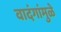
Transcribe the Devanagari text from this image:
वादंगांमुळे